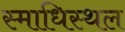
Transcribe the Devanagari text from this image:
स्माधिस्थल